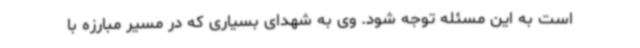
است به این مسئله توجه شود. وی به شهدای بسیاری که در مسیر مبارزه با